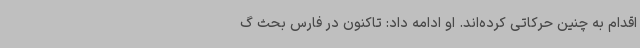
اقدام به چنین حرکاتی کرده‌اند. او ادامه داد: تاکنون در فارس بحث گ